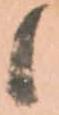
候